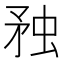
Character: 䂈